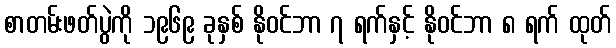
စာတမ်းဖတ်ပွဲကို ၁၉၆၉ ခုနှစ် နိုဝင်ဘာ ၇ ရက်နှင့် နိုဝင်ဘာ ၈ ရက် ထုတ်